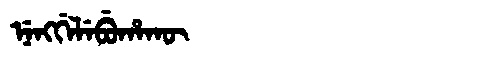
Manchu: ᠨᡝᠩᡤᡝᠯᡝᠪᡠᡥᠠᡴᡡ
Romanization: NENGGELEBUHAKŪ